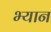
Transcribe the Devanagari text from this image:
भ्यान